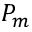
P _ { m }